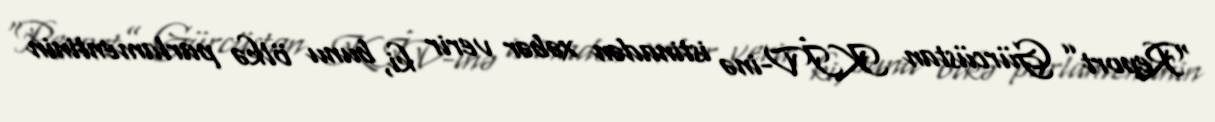
“Report” Gürcüstan KİV-inə istinadən xəbər verir ki, bunu ölkə parlamentinin